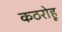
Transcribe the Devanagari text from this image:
कठरोहू